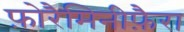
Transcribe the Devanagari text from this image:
फ़ोरैमिनीफ़ैरा